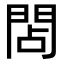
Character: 䦓